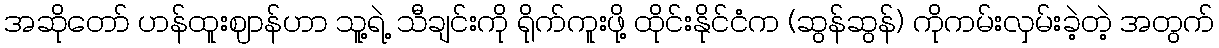
အဆိုတော် ဟန်ထူးဈာန်ဟာ သူ့ရဲ့ သီချင်းကို ရိုက်ကူးဖို့ ထိုင်းနိုင်ငံက (ဆွန်ဆွန်) ကိုကမ်းလှမ်းခဲ့တဲ့ အတွက်